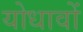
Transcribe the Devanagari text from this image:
योधावों